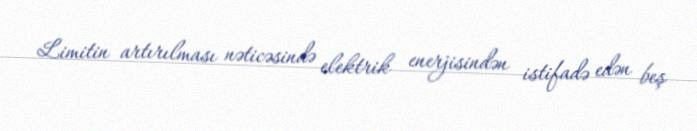
Limitin artırılması nəticəsində elektrik enerjisindən istifadə edən beş